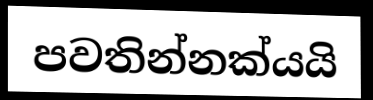
පවතින්නක්යයි